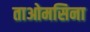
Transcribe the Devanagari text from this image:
ताओमसिना